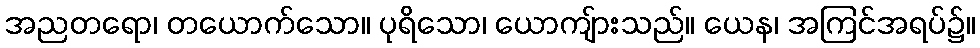
အညတရော၊ တယောက်သော။ ပုရိသော၊ ယောကျ်ားသည်။ ယေန၊ အကြင်အရပ်၌။